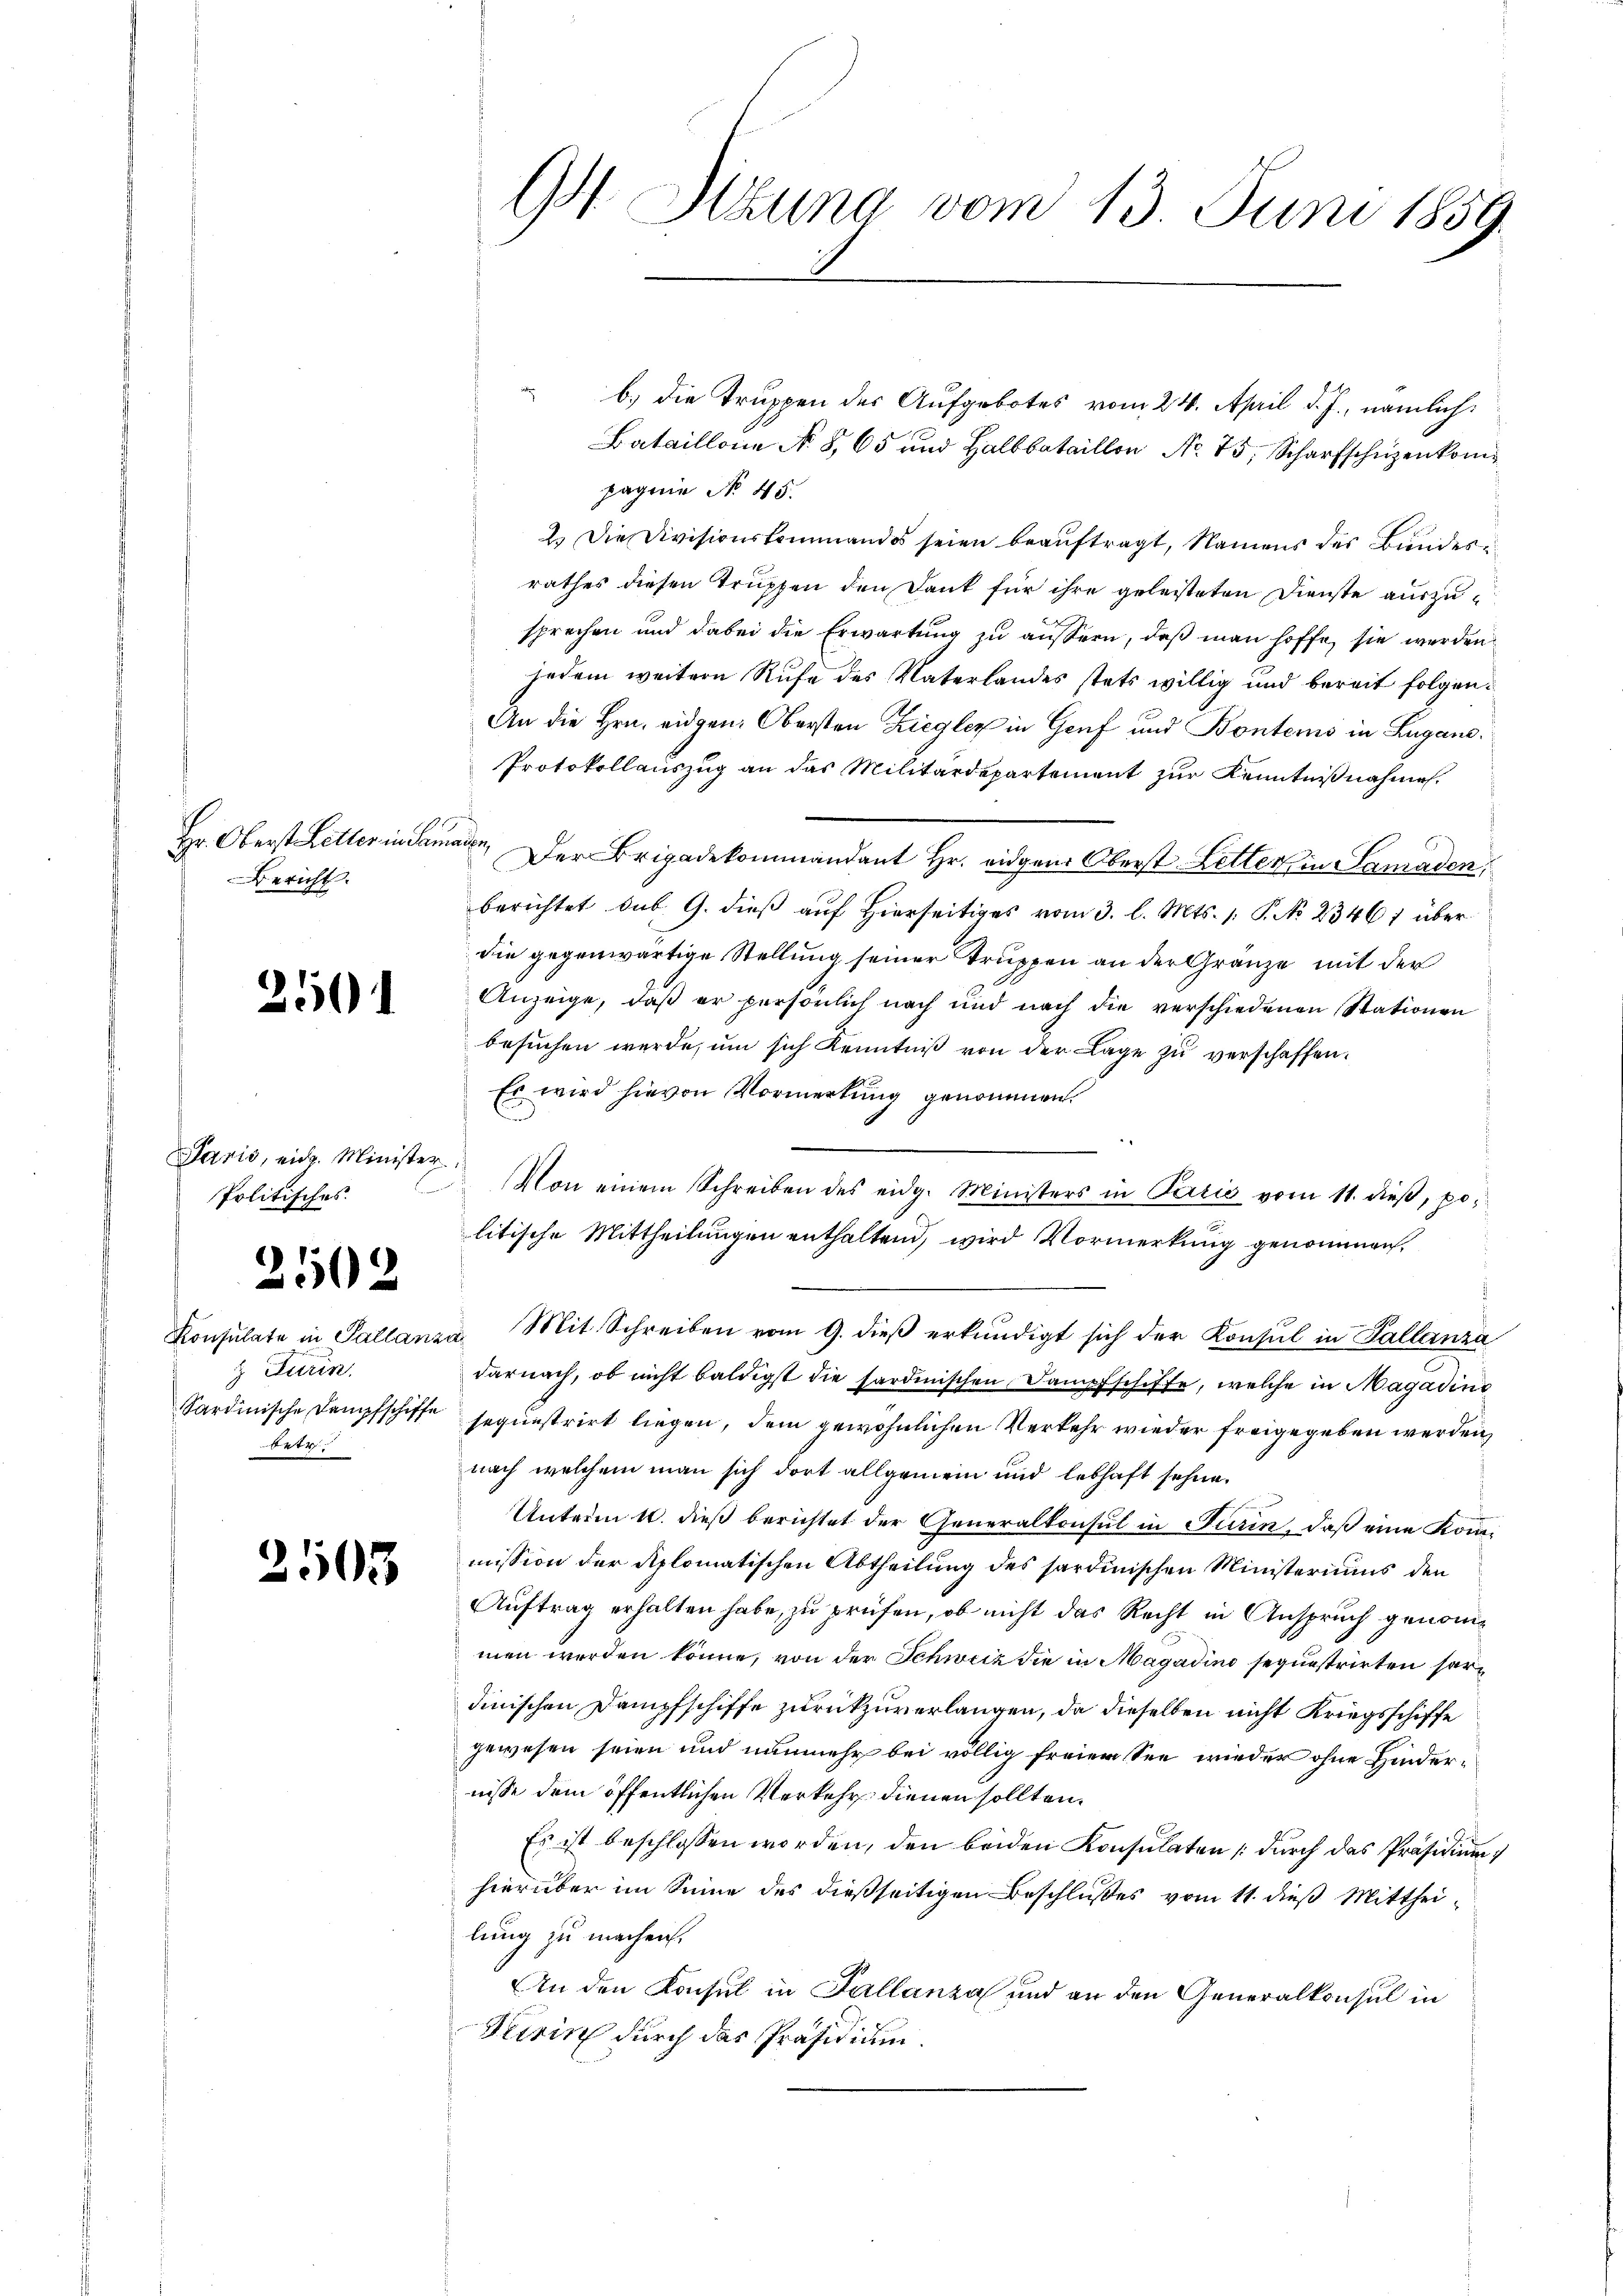
1101
Bericht.

2501

Panić, eidg. Minister.

2502

Konsulate in Pallanza
& Turin.
betr

2503

b.) die Truppen des Aufgebotes vom 24. April d. J., nämlich:
Bataillone No. 865 und Halbbataillon No. 75, Scharfschüzenkompagnie No 45.
2.) Die Divisionskommandos seien beauftragt, Namens der Bundesrathes diesen Trupfen den Dank für ihre geleisteten Dienste auszusprochen und dabei die Erwartung zu äussern, daß man hoffe, sie werden
jedem weitern Rufe des Vaterlandes stets willig und bereit folgen.
An die Hrn. eidgen. Obersten Ziegler in Genf und Bontems in Lugano.
Protokollauszug an das Militärdepartement zur Kenntnißnahmen.
Hr. Oberst Letterindamann, Der Brigadekommandant Hr. eidgen. Oberst Letters in Samaden,
berichtet sub. 9. dieß auf Hierseitiges vom 3. l. Mts. 1. P. No 23461 über
die gegenwärtige Stellung seiner Truppen an der Gränze mit der
Anzeige, daß er persönlich nach und nach die verschiedenen Stationen
besuchen werde, um sich Kenntniβ von der Lage zu verschaffen.
Es wird hievon Vormerkung genommen.
u
Politisches. Von einem Schreiben des eidg. Ministers in Perić vom 11. dieß, politische Mittheilungen enthaltend, wird Vormerkung genommen,
Mit Schreiben vom 9. dieß erkundigt sich der Konsul in Pallanza
darnach, ob nicht baldigst die sardinischen Dampfschiffe, welche in Magadine
Sardinische Dampfschiffe seguestrirt liegen, dem gewöhnlichen Verkehr wieder freigegeben werden,
nach welchem man sich dort allgemein und lebhaft sehne.
Unterm 10. dieß berichtet der Generalkonsul in Turin, daß eine Kommmission der Aplomatischen Abtheilung des sardinischen Ministeriums den
Auftrag erhalten habe, zu prüfen, ob nicht das Recht in Anspruch genommen werden könne, von der Schweiz die in Magadino sequestrirten hardinischen Dampfschiffe zurückzuverlangen, da dieselben nicht Kriegsschiffe
gewesen seien und nunmehr bei völlig freien See wieder ohne Hindernisse dem öffentlichen Verkehr dienen sollten.
Es ist beschlossen worden, den beiden Konsulaten durch das Präsidium
hierüber im Sinne des dießseitigen Beschlußes vom 11. dieß Mittheilung zu machen.
An den Konsul in Fallanza und an den Generalkonsul in
Veirin durch das Präsidium.

G Itzung vom 13. Juni 1859.